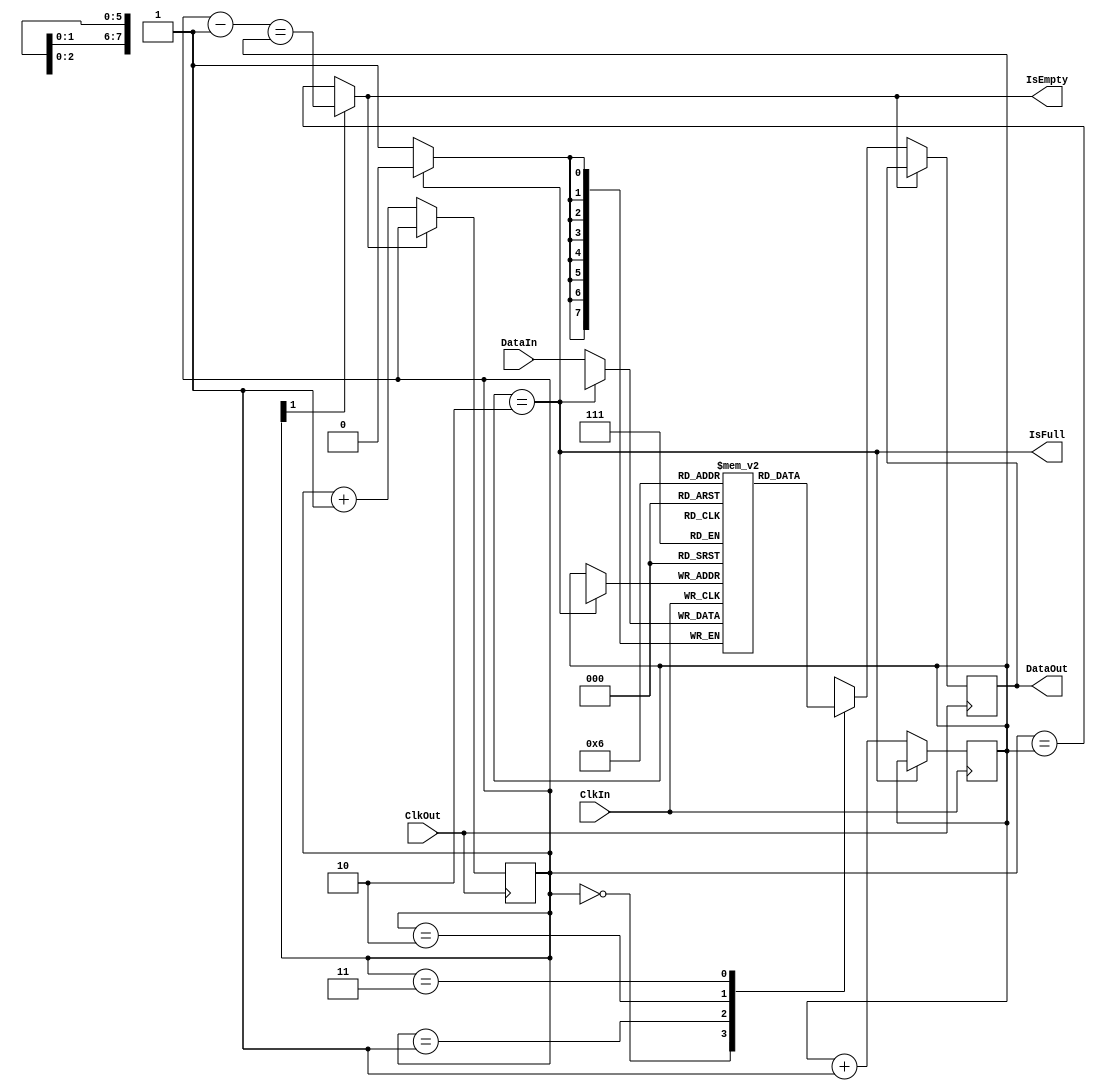
`timescale 1ns/1ps

// Decompositor 3 words to 4 output words

module decomp3to4 #(
    parameter IWIDTH = 8, // input word width
    parameter OWIDTH = 6  // decomposed word width
) (
    input wire[IWIDTH-1:0] DataIn,
    output reg[OWIDTH-1:0] DataOut,
    
    input wire ClkIn,
    input wire ClkOut,

    output wire IsFull,
    output wire IsEmpty
);

reg[IWIDTH-1:0] BufferIn[2:0];
reg[1:0] IndexIn = 1'b0, IndexOut = 1'b0;

assign IsFull = IndexIn == 2;
assign IsEmpty = !IndexOut[1] ? 
    (IndexOut == IndexIn) : 
    (IndexOut - 1'b1 == IndexIn);

always @(posedge ClkIn) begin
    if (!IsFull) begin
        BufferIn[IndexIn] <= DataIn;
        IndexIn <= IndexIn == 2 ? 1'b0 : IndexIn + 1'b1;
    end
end

always @(posedge ClkOut) begin
    if (!IsEmpty) begin
        // TODO: decomposition not paramterized
        case (IndexOut)
            2'b00: DataOut <= BufferIn[0][2 +: OWIDTH];
            2'b01: DataOut <= { BufferIn[0][0 +: 2], BufferIn[1][4 +: 4] };
            2'b10: DataOut <= { BufferIn[1][0 +: 4], BufferIn[2][6 +: 2] };
            2'b11: DataOut <= BufferIn[2][0 +: OWIDTH];
        endcase
        IndexOut <= IndexOut + 1'b1;
    end
end

endmodule